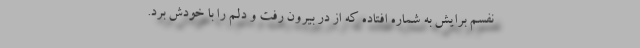
نفسم برایش به شماره افتاده که از در بیرون رفت و دلم را با خودش برد.